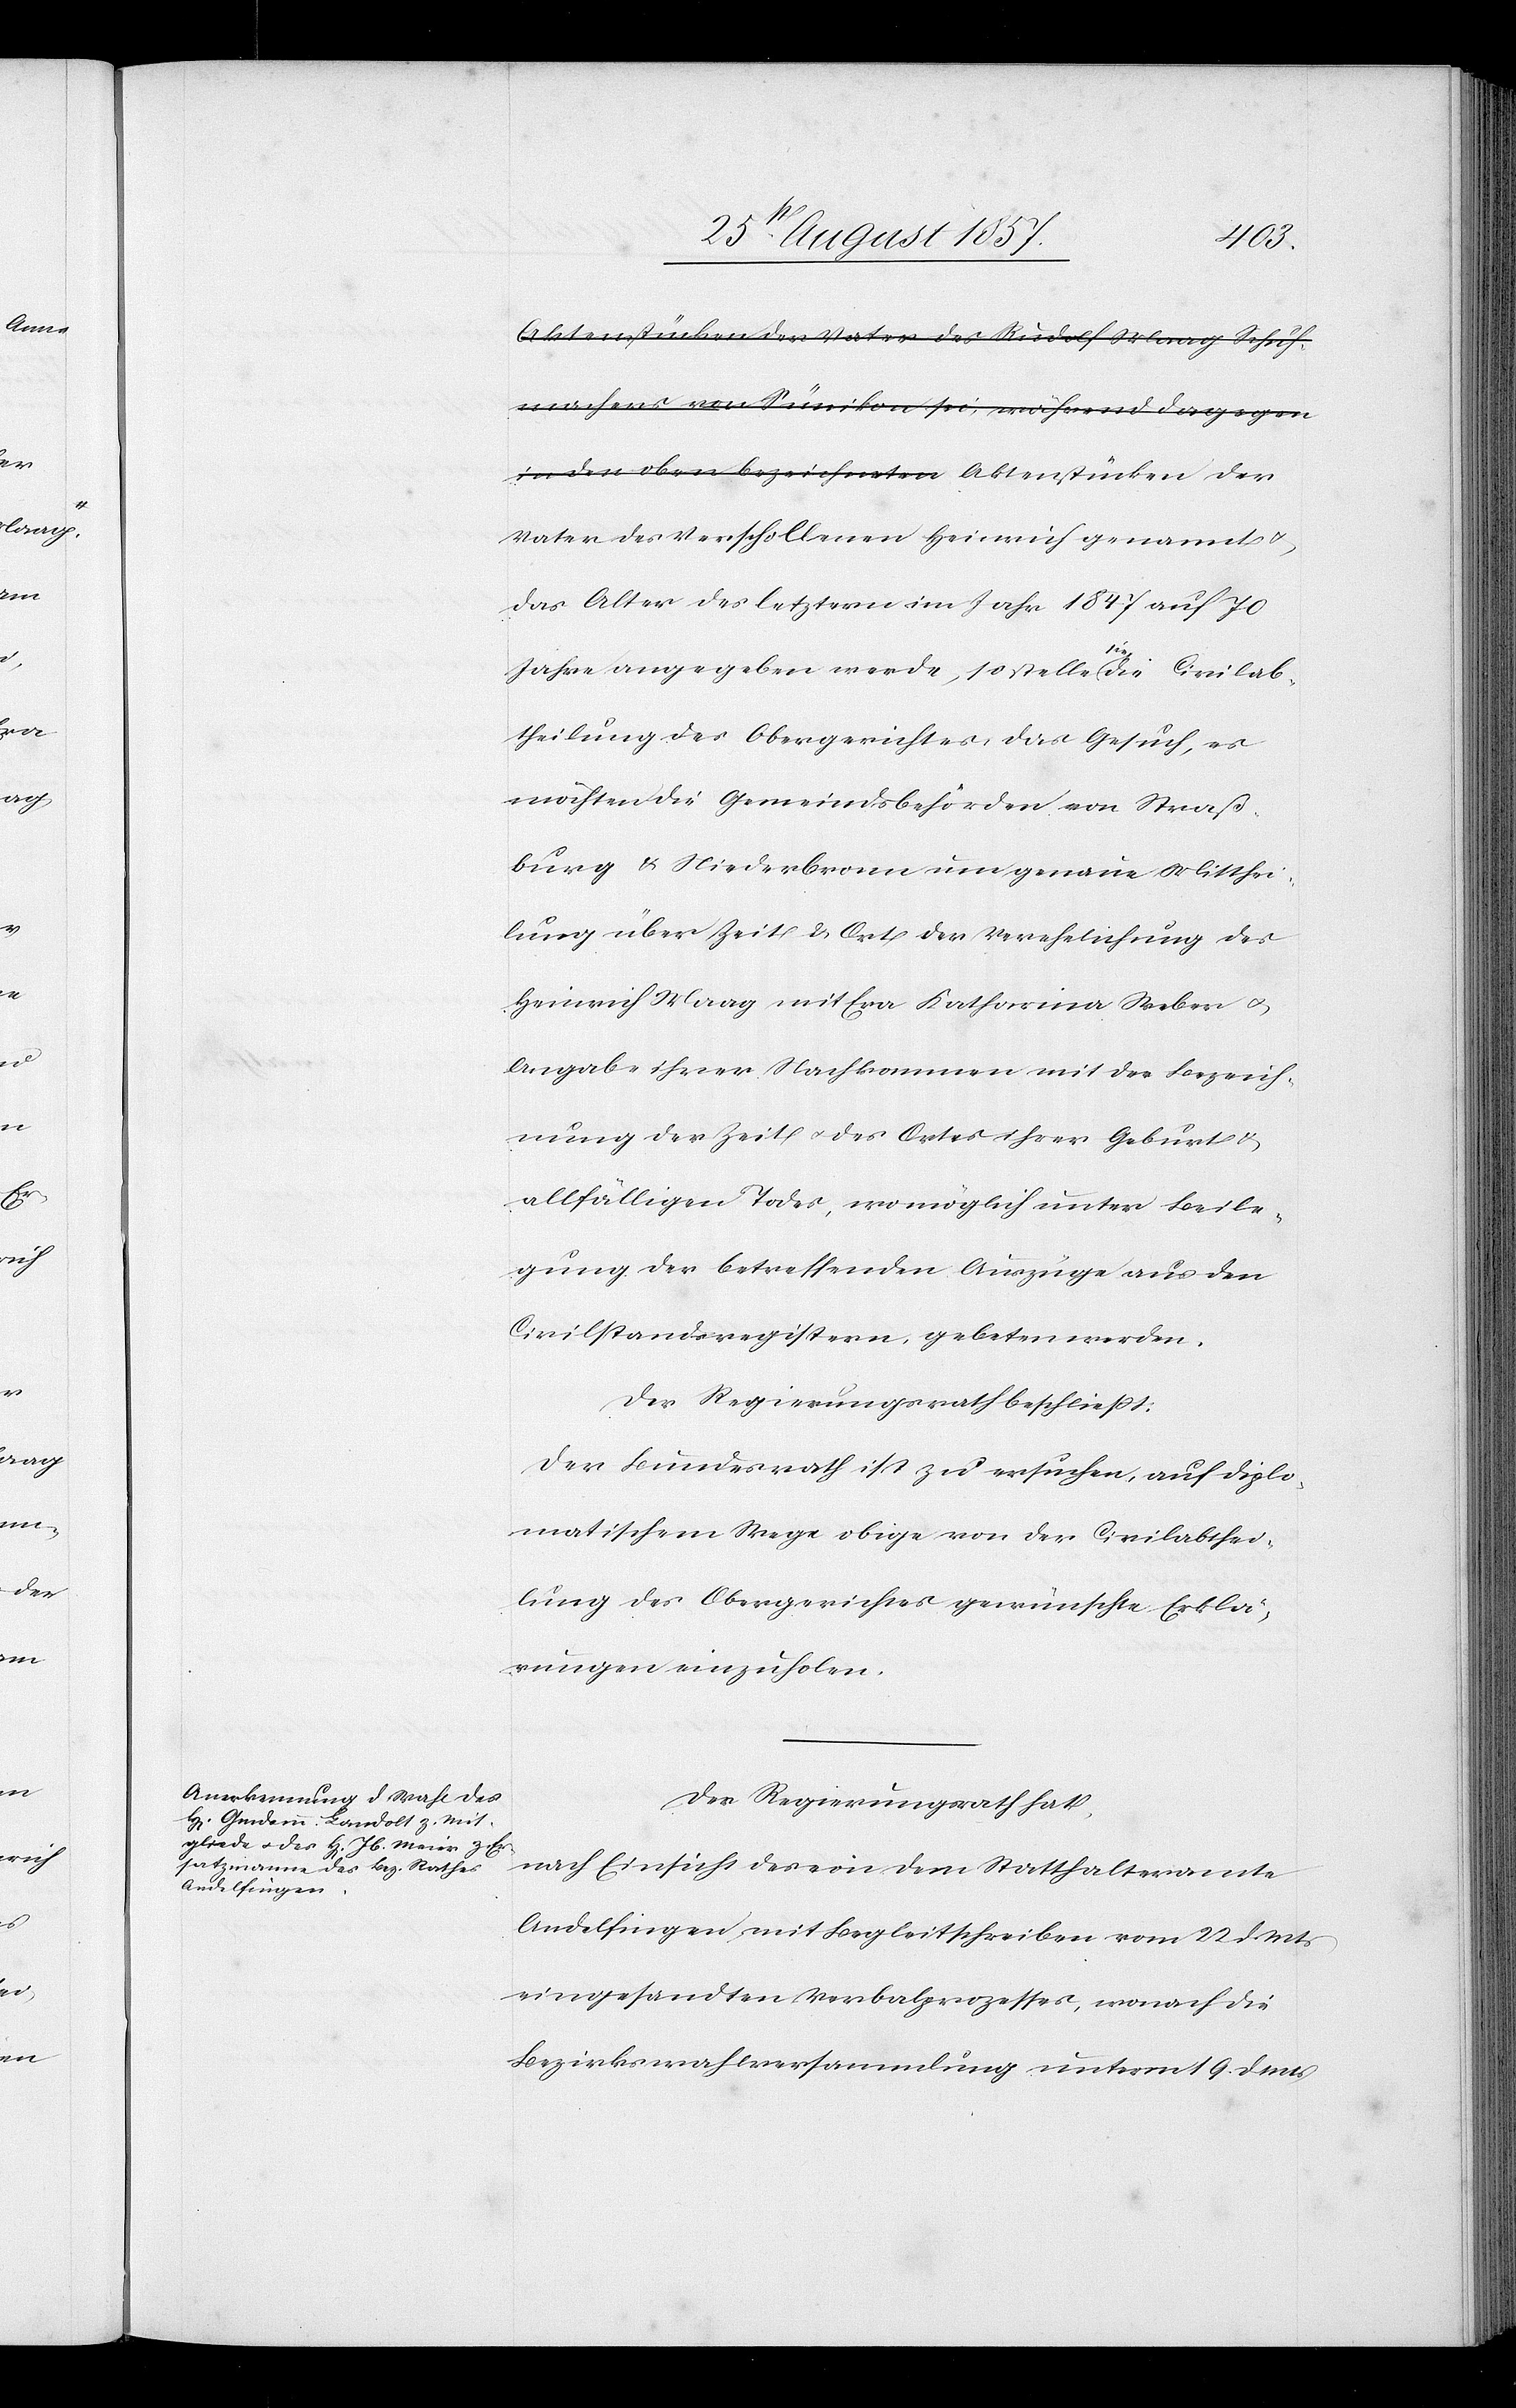
Vater des Verschollenen Heinrich genannt &
das Alter des letztern im Jahr 1847 auf 70
Jahre angegeben werde, so stelle sie die Civilab¬
theilung des Obergerichtes, das Gesuch, es
möchten die Gemeindsbehörden von Straß¬
burg & Niederbronn um genaue Mitthei¬
lung über Zeit & Ort der Verehelichung des
Heinrich Maag mit Eva Katharina Weber &
Angabe ihrer Nachkommen mit der Bezeich¬
nung der Zeit & des Ortes ihrer Geburt &
allfälligen Todes, womöglich unter Beile¬
gung der betreffenden Auszüge aus den
Civilstandsregistern, gebeten werden.
Der Regierungsrath beschließt:
Der Bundesrath ist zu ersuchen, auf diplo¬
matischem Wege obige von der Civilabthei¬
lung des Obergerichtes gewünschte Erklä¬
rungen einzuholen.
Der Regierungsrath hat,
nach Einsicht des in dem Statthalteramte
Andelfingen mit Begleitschreiben vom 22 d. Mts.
eingesandten Verbalprozesses, wonach die
Bezirksrathsversammlung unterm 19 d. Mts.